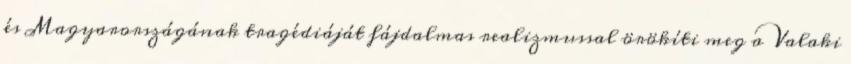
és Magyarországának tragédiáját fájdalmas realizmussal örökíti meg a Valaki